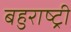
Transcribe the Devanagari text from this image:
बहुराष्ट्री